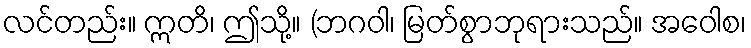
လင်တည်း။ ဣတိ၊ ဤသို့။ (ဘဂဝါ၊ မြတ်စွာဘုရားသည်။ အဝေါစ၊